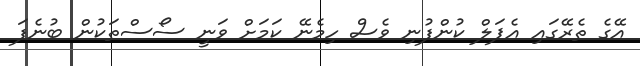
އޭގެ ތެރޭގައި އެޕަލް ކުންފުނި ވެސް ހިމެނޭ ކަމަށް ވަނީ ސޯސްތަކުން ބުނެފަ